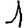
Digit: 1